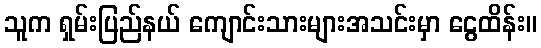
သူက ရှမ်းပြည်နယ် ကျောင်းသားများအသင်းမှာ ငွေထိန်း။